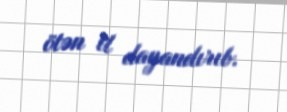
ötən il dayandırıb.